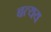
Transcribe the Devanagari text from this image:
बत्यय